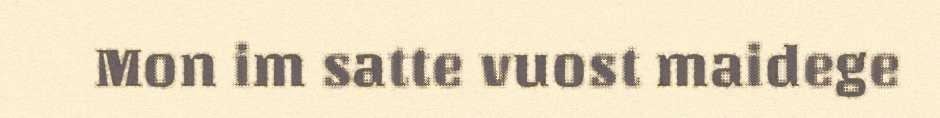
Mon im satte vuost maidege